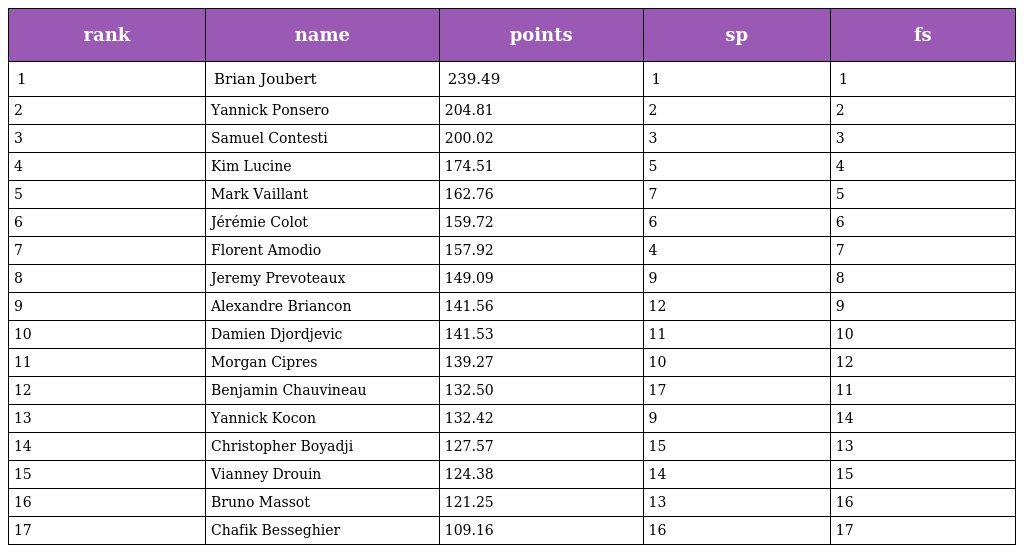
| rank | name | points | sp | fs |
 | --- | --- | --- | --- | --- |
 | 1 | Brian Joubert | 239.49 | 1 | 1 |
 | 2 | Yannick Ponsero | 204.81 | 2 | 2 |
 | 3 | Samuel Contesti | 200.02 | 3 | 3 |
 | 4 | Kim Lucine | 174.51 | 5 | 4 |
 | 5 | Mark Vaillant | 162.76 | 7 | 5 |
 | 6 | Jérémie Colot | 159.72 | 6 | 6 |
 | 7 | Florent Amodio | 157.92 | 4 | 7 |
 | 8 | Jeremy Prevoteaux | 149.09 | 9 | 8 |
 | 9 | Alexandre Briancon | 141.56 | 12 | 9 |
 | 10 | Damien Djordjevic | 141.53 | 11 | 10 |
 | 11 | Morgan Cipres | 139.27 | 10 | 12 |
 | 12 | Benjamin Chauvineau | 132.50 | 17 | 11 |
 | 13 | Yannick Kocon | 132.42 | 9 | 14 |
 | 14 | Christopher Boyadji | 127.57 | 15 | 13 |
 | 15 | Vianney Drouin | 124.38 | 14 | 15 |
 | 16 | Bruno Massot | 121.25 | 13 | 16 |
 | 17 | Chafik Besseghier | 109.16 | 16 | 17 |